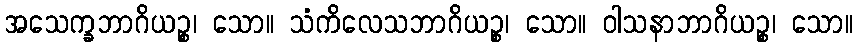
အသေက္ခဘာဂိယဉ္စ၊ သော။ သံကိလေသဘာဂိယဉ္စ၊ သော။ ဝါသနာဘာဂိယဉ္စ၊ သော။